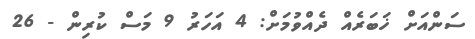
ސަންއަށް ޚަބަރެއް ދެއްވުމަށް: 4 އަހަރު 9 މަސް ކުރިން - 26